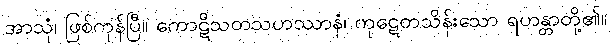
အာသုံ၊ ဖြစ်ကုန်ပြီ။ ကောဋိသတသဟဿာနံ၊ ကုဋေတသိန်းသော ရဟန္တာတို့၏။